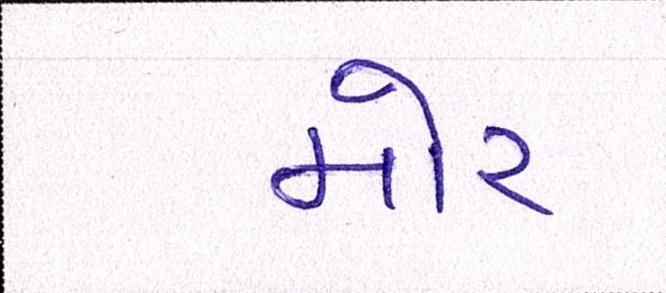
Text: મોર